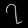
Digit: ၇